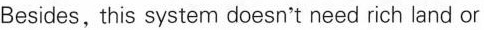
Besides, this system dcesn't need rich land or